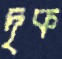
দৃক